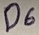
Text: D6